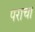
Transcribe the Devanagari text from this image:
पराचा